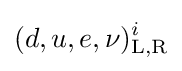
(d,u,e,\nu )_{\text{L,R}}^{i}